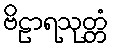
ဗိဠာရသုတ္တံ